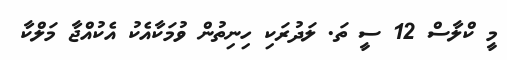
މީ ކްލާސް 12 ސީ ތަ. ލަދުރަކި ހިނިތުން ވުމަކާއެކު އެކުއްޖާ މަލްކާ